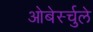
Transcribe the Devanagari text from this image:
ओबेर्स्चुले